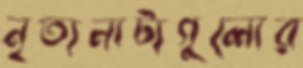
নৃত্যনাট্যগুলোর